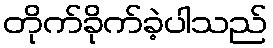
တိုက်ခိုက်ခဲ့ပါသည်